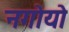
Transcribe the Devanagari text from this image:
नगोयो